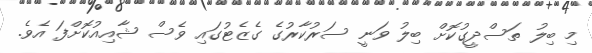
މި ބިލު ތަސްދީގުކޮށް ބިލު ވަނީ ސަރުކާރުގެ ގެޒެޓުގައި ވެސް ޝާއިއުކޮށްފަ އެވެ.